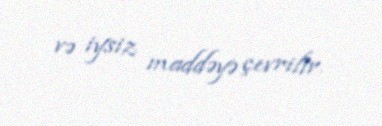
və iysiz maddəyə çevrilir.